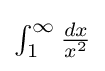
{\textstyle \int _{1}^{\infty }{\frac {dx}{x^{2}}}}